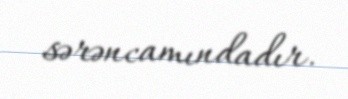
sərəncamındadır.